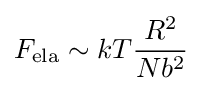
F_{\text{ela}}\sim kT{\frac {R^{2}}{Nb^{2}}}